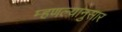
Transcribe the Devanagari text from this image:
म्हणल्यानुसार